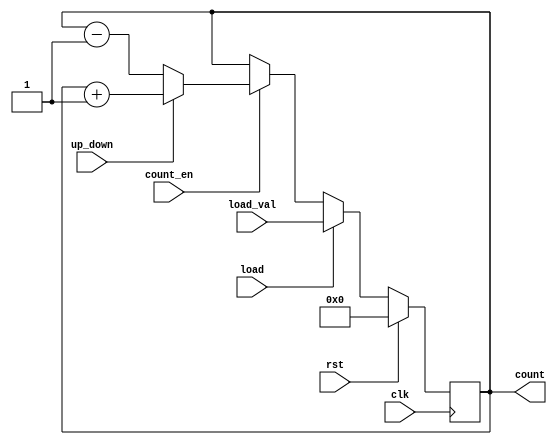
module SynchronousLoadCounter #(
    parameter N = 8  // Width of the counter
) (
    input wire clk,              // Clock signal
    input wire rst,              // Synchronous reset
    input wire load,             // Load control signal
    input wire [N-1:0] load_val, // Value to load into the counter
    input wire count_en,         // Count enable signal
    input wire up_down,          // 1 for up counting, 0 for down counting
    output reg [N-1:0] count     // Current value of the counter
);

// Synchronous operation on the rising edge of the clock
always @(posedge clk) begin
    if (rst) begin
        // Initialize the counter to 0 on reset
        count <= 0;
    end else if (load) begin
        // Load the specified value into the counter
        count <= load_val;
    end else if (count_en) begin
        // Counting logic
        if (up_down) begin
            // Up counting
            count <= count + 1;
        end else begin
            // Down counting
            count <= count - 1; 
        end
    end
    // If neither load nor count_en is active, hold current value
end

endmodule